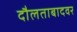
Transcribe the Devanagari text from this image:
दौलताबादवर